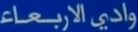
واديالاربعاء